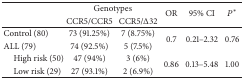
|  | <COLSPAN=2> Genotypes | <ROWSPAN=2> OR | <ROWSPAN=2> 95% CI | <ROWSPAN=2> P* |
 |  | CCR5/CCR5 | CCR5/Δ32 |
 | --- | --- | --- | --- | --- | --- |
 | Control (80) | 73 (91.25%) | 7 (8.75%) | <ROWSPAN=2> 0.7 | <ROWSPAN=2> 0.21–2.32 | <ROWSPAN=2> 0.76 |
 | ALL (79) | 74 (92.5%) | 5 (7.5%) |
 | High risk (50) | 47 (94%) | 3 (6%) | <ROWSPAN=2> 0.86 | <ROWSPAN=2> 0.13–5.48 | <ROWSPAN=2> 1.00 |
 | Low risk (29) | 27 (93.1%) | 2 (6.9%) |